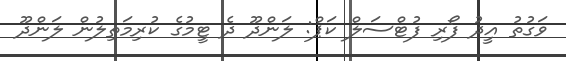
ވަގުތު އީދު ފޯރި ފުޓްސަލް ކަޕް: ލަންދޫ ދެ ޓީމުގެ ކުރިމަތިލުން ލަންދޫ